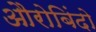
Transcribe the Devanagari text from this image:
औरोबिंदो